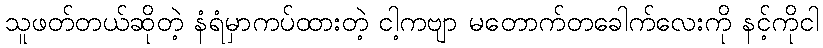
သူဖတ်တယ်ဆိုတဲ့ နံရံမှာကပ်ထားတဲ့ ငါ့ကဗျာ မတောက်တခေါက်လေးကို နင့်ကိုငါ